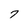
Character: 7